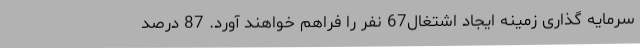
سرمایه گذاری زمینه ایجاد اشتغال67 نفر را فراهم خواهند آورد. 87 درصد